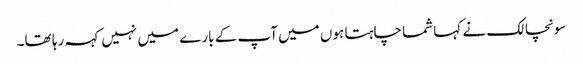
سونچالک نے کہا شما چاہتا ہوں میں آپ کے بارے میں نہیں کہہ رہا تھا۔